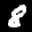
Label: 8